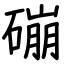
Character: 磞